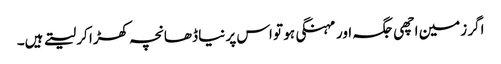
اگر زمین اچھی جگہ اور مہنگی ہو تو اس پر نیا ڈھانچہ کھڑا کر لیتے ہیں۔